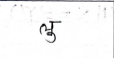
मजकूर: लु